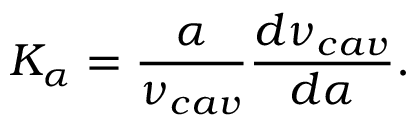
K _ { \alpha } = \frac { \alpha } { \nu _ { c a v } } \frac { d \nu _ { c a v } } { d \alpha } .